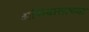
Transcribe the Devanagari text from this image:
अधिवासाच्या